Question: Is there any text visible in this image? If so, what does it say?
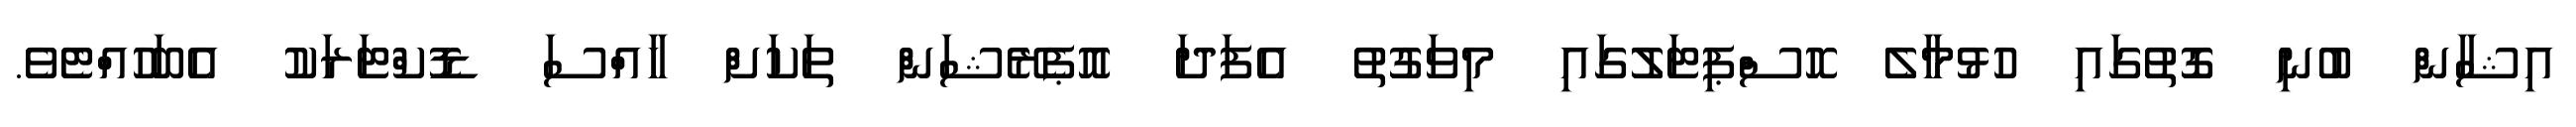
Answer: އިޝާން ބުނި ގޮތުގައި ހުޅުމާލެ ހޮސްޕިޓަލުގައި މިވަގުތު އެފަދަ އޮޕެރޭޝަން ތަކަށް ހާއްސަ ޑޮކްޓަރަކު އެބަހުއްޓެވެ.